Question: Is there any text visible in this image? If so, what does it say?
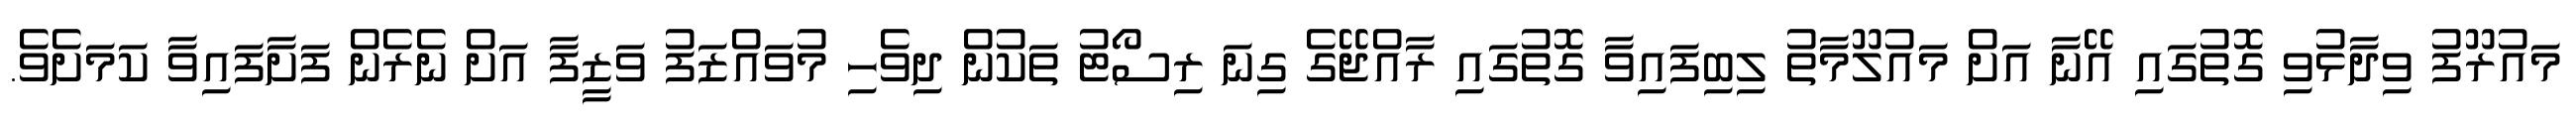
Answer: މައުރޫފު ވިދާޅުވި ގޮތުގައި އޭނާ އަށް މައުލޫމާތު ލިބިފައިވާ ގޮތުގައި ރާއްޖޭގެ ގިނަ ރިސޯޓު ތަކުން ދިވެހި މުވައްޒަފު ވަޒީފާ އަށް ނެރެން ފަށާފައިވާ ކަމަށެވެ.